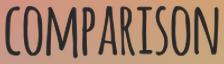
COMPARISON